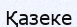
Қазеке